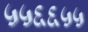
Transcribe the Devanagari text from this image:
५५६६५५